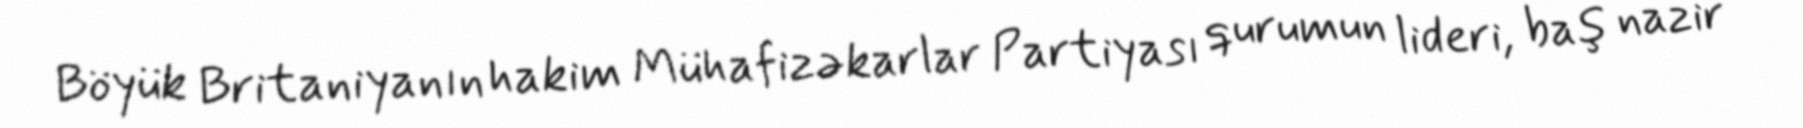
Böyük Britaniyanın hakim Mühafizəkarlar Partiyası qurumun lideri, baş nazir